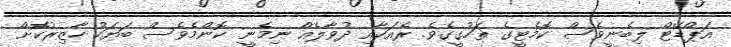
އަޕްޑޭޓް ލިބެނީވެސް ކޮމެޓީގެ ތަހުގީގެވެ. ރެއަކާއި ދުވާލެއް ނިމެނީ ކޮންމެވެސް ބަޔަކު ހާޒިރުކޮށް